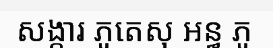
សង្ការ ភូតេសុ ឣន្ធ ភូ